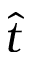
\hat { t }